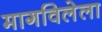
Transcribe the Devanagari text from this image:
मागविलेला